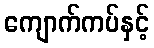
ကျောက်ကပ်နှင့်